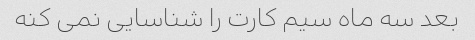
بعد سه ماه سیم کارت را شناسایی نمی کنه